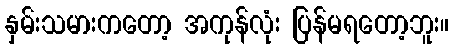
နှမ်းသမားကတော့ အကုန်လုံး ပြန်မရတော့ဘူး။